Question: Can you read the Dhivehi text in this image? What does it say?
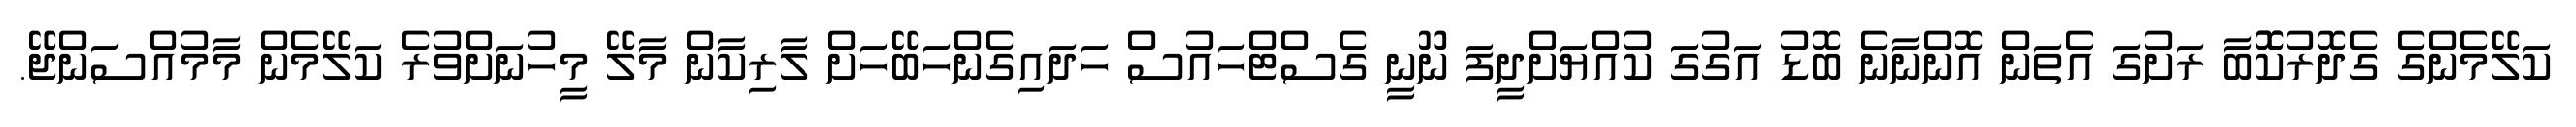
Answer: ކަލޭމެންގެ ގެދޮރުކޮޮބާ ރަށުގަ އެތަން އޮންނާނެ ބޮޑު އަގުގަ ކުއްޔަށްދީފަ ނޫނީ ގެސްޓްހައުސް ހަދައިގެންހަބޭހަށް ލާރިކާން މާލޭ މީހުނަށްވުރެ ކަލޭމެން މާމުއްސަންޖޭ.